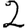
Digit: 2